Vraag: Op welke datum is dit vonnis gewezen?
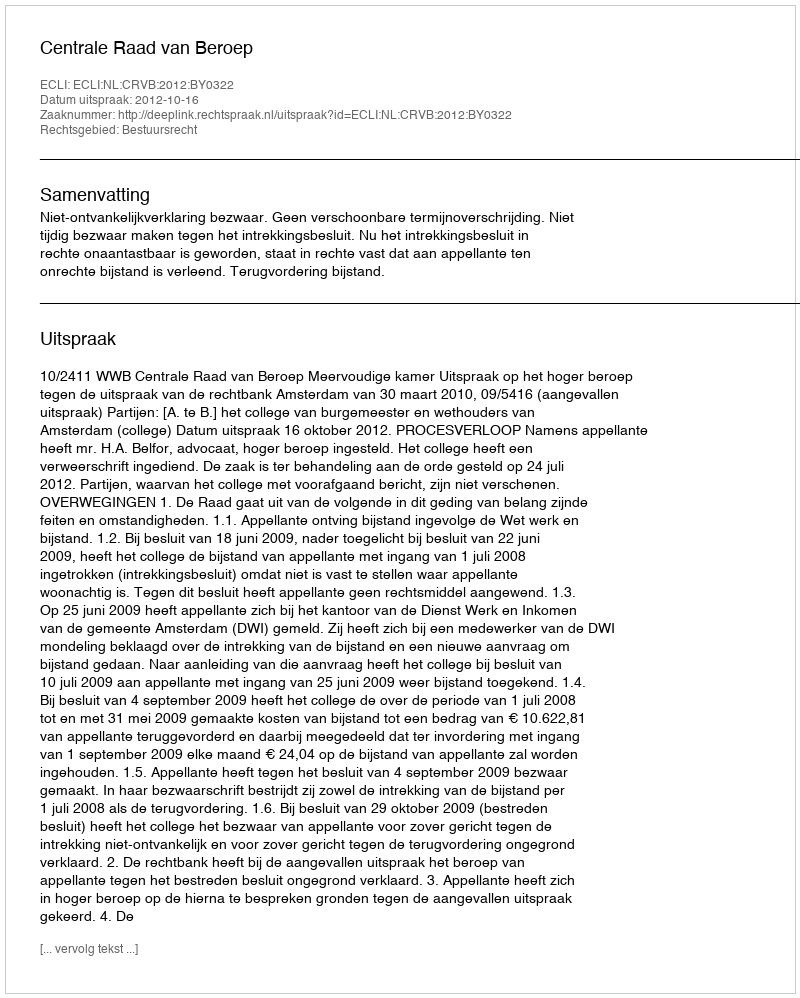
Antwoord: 2012-10-16